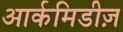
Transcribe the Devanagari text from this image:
आर्कमिडीज़